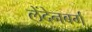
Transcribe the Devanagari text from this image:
लेंदेनबर्ग